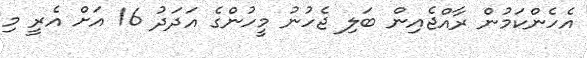
އެހެންކަމުން ރާއްޖެއިން ބަލި ޖެހުނު މީހުންގެ އަދަދު 16 އަށް އެރީ މި